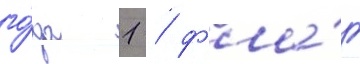
го́да 1 / фла́г